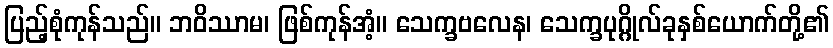
ပြည့်စုံကုန်သည်။ ဘဝိဿာမ၊ ဖြစ်ကုန်အံ့။ သေက္ခဗလေန၊ သေက္ခပုဂ္ဂိုလ်ခုနှစ်ယောက်တို့၏